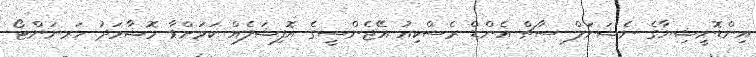
އިންޑޮނީޝިޔާގެ ނެޝަނަލް ސާޗް އެންޑް ރެސްކިއު އޭޖެންސީގެ އޮފިޝަލެއް ކަމަށްވާ މޮޝާމަދު ހަރނަންޓޯ